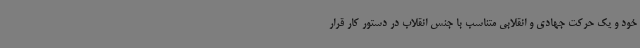
خود و یک حرکت جهادی و انقلابی متناسب با جنس انقلاب در دستور کار قرار